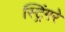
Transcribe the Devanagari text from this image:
स्ट्रिंगरे